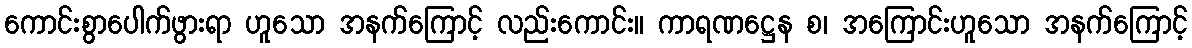
ကောင်းစွာပေါက်ဖွားရာ ဟူသော အနက်ကြောင့် လည်းကောင်း။ ကာရဏဋ္ဌေန စ၊ အကြောင်းဟူသော အနက်ကြောင့်